Indian journal of veterinary science and animal husbandry - Volumes 18-21, 1948-1951
Year: 1948
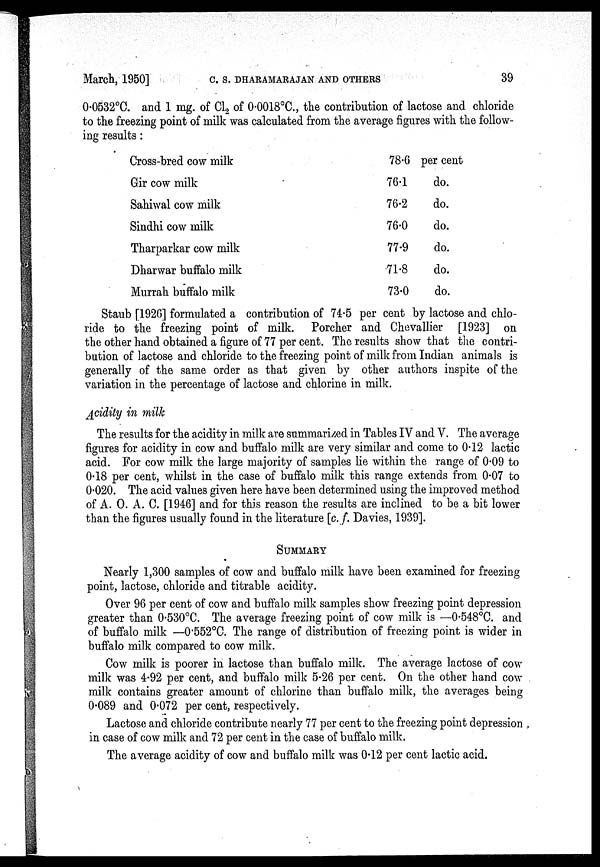
March, 1950]
C.
S.
DHARAMARAJAN
AND
OTHERS
39
0.0532°C. and 1 mg. of Cl 2 of 0.0018°C., the contribution of lactose and chloride
to the freezing point of milk was calculated from the average figures with the follow-
ing results :
Cross-bred cow milk
Gir cow milk
Sahiwal cow milk
Sindhi cow milk
Tharparkar cow milk
Dharwar buffalo milk
Murrah buffalo milk
78.6
76.1
76.2
76.0
77.9
71.8
73.0
per cent
do.
do.
do.
do.
do.
do.
Staub [1926] formulated a contribution of 74.5 per cent by lactose and chlo-
ride to the freezing point of milk. Porcher and Chevallier [1923] on
the other hand obtained a figure of 77 per cent. The results show that the contri-
bution of lactose and chloride to the freezing point of milk from Indian animals is
generally of the same order as that given by other authors inspite of the
variation in the percentage of lactose and chlorine in milk.
Acidity in milk
The results for the acidity in milk are summarized in Tables IV and V. The average
figures for acidity in cow and buffalo milk are very similar and come to 0.12 lactic
acid. For cow milk the large majority of samples lie within the range of 0.09 to
0.18 per cent, whilst in the case of buffalo milk this range extends from 0.07 to
of A. O. A. C. [1946] and for this reason the results are inclined to be a bit lower
than the figures usually found in the literature [c. f. Davies, 1939].
SUMMARY
Nearly 1,300 samples of cow and buffalo milk have been examined for freezing
point, lactose, chloride and titrable acidity.
Over 96 per cent of cow and buffalo milk samples show freezing point depression
greater than 0.530°C. The average freezing point of cow milk is —0.548°C. and
of buffalo milk —0.552°C. The range of distribution of freezing point is wider in
buffalo milk compared to cow milk.
Cow milk is poorer in lactose than buffalo milk. The average lactose of cow
milk was 4.92 per cent, and buffalo milk 5.26 per cent. On the other hand cow
milk contains greater amount of chlorine than buffalo milk, the averages being
0.089 and 0.072 per cent, respectively.
Lactose and chloride contribute nearly 77 per cent to the freezing point depression
in case of cow milk and 72 per cent in the case of buffalo milk.
The average acidity of cow and buffalo milk was 0.12 per cent lactic acid.